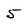
Character: 5